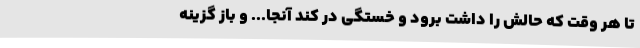
تا هر وقت که حالش را داشت برود و خستگی در کند آنجا... و باز گزینه